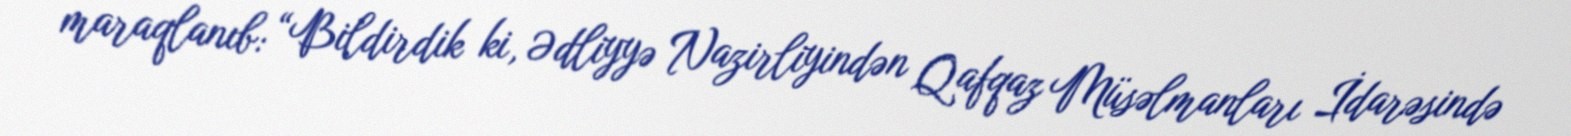
maraqlanıb: “Bildirdik ki, Ədliyyə Nazirliyindən Qafqaz Müsəlmanları İdarəsində